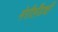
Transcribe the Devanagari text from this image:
मेरीलँडची